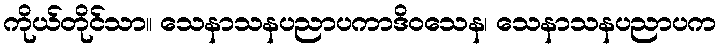
ကိုယ်တိုင်သာ။ သေနာသနပညာပကာဒိဝသေန၊ သေနာသနပညာပက